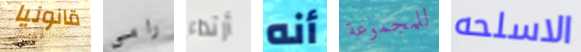
قانونيا رامي أرتداء أنه للمجموعة الاسلحه